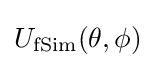
U_{\text{fSim}}(\theta ,\phi )